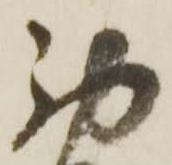
西